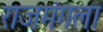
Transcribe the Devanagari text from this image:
राजमंगला